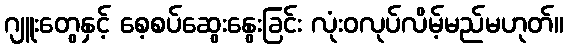
ဂျူးတွေနှင့် စေ့စပ်ဆွေးနွေးခြင်း လုံးဝလုပ်လိမ့်မည်မဟုတ်။